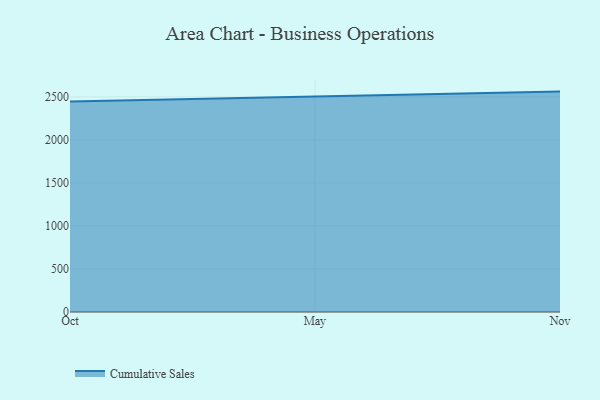
{"axis": {"x": "Month", "y": "Market Share (%)"}, "legend": ["Cumulative Sales"], "data": [{"x": "Oct", "y": 2447.4, "type": "Cumulative Sales"}, {"x": "May", "y": 2506.4, "type": "Cumulative Sales"}, {"x": "Nov", "y": 2561.5, "type": "Cumulative Sales"}]}